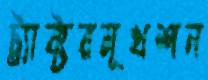
ট্র্যাক্টরমূখশন